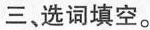
三、选词填空。